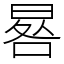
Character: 晷